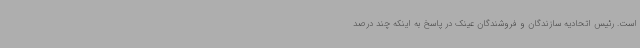
است. رئیس اتحادیه سازندگان و فروشندگان عینک در پاسخ به اینکه چند درصد